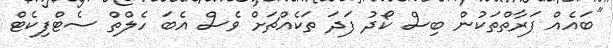
"ބައެއް ފަރާތްތަކުން ބިސް ކޯދު ފަދަ ތަކެއްޗަށް ވެސް އެބަ ހެލްތް ސެޓްފިކެޓް